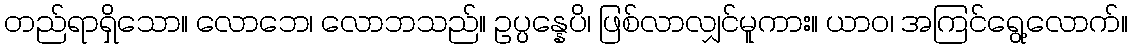
တည်ရာရှိသော။ လောဘေ၊ လောဘသည်။ ဥပ္ပန္နေပိ၊ ဖြစ်လာလျှင်မူကား။ ယာဝ၊ အကြင်ရွေ့လောက်။